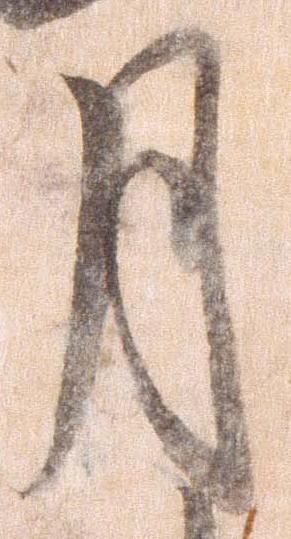
月